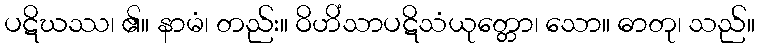
ပဋိဃဿ၊ ၏။ နာမံ၊ တည်း။ ဝိဟိံသာပဋိသံယုတ္တော၊ သော။ ဓာတု၊ သည်။